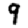
Digit: 9